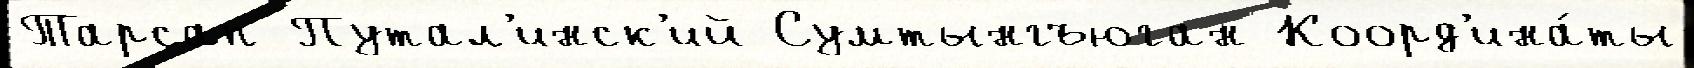
Тарсап Путал'инск'ий Сумтынгъюган Коорд'ина́ты